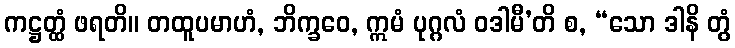
ကဋ္ဌတ္ထံ ဖရတိ။ တထူပမာဟံ, ဘိက္ခဝေ, ဣမံ ပုဂ္ဂလံ ဝဒါမီ’တိ စ, “သော ဒါနိ တွံ